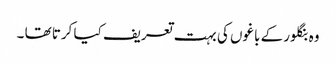
وہ بنگلور کے باغوں کی بہت تعریف کیا کرتا تھا ۔